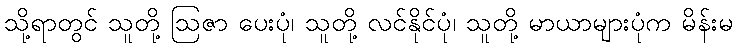
သို့ရာတွင် သူတို့ ဩဇာ ပေးပုံ၊ သူတို့ လင်နိုင်ပုံ၊ သူတို့ မာယာများပုံက မိန်းမ